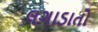
લગાડાતો